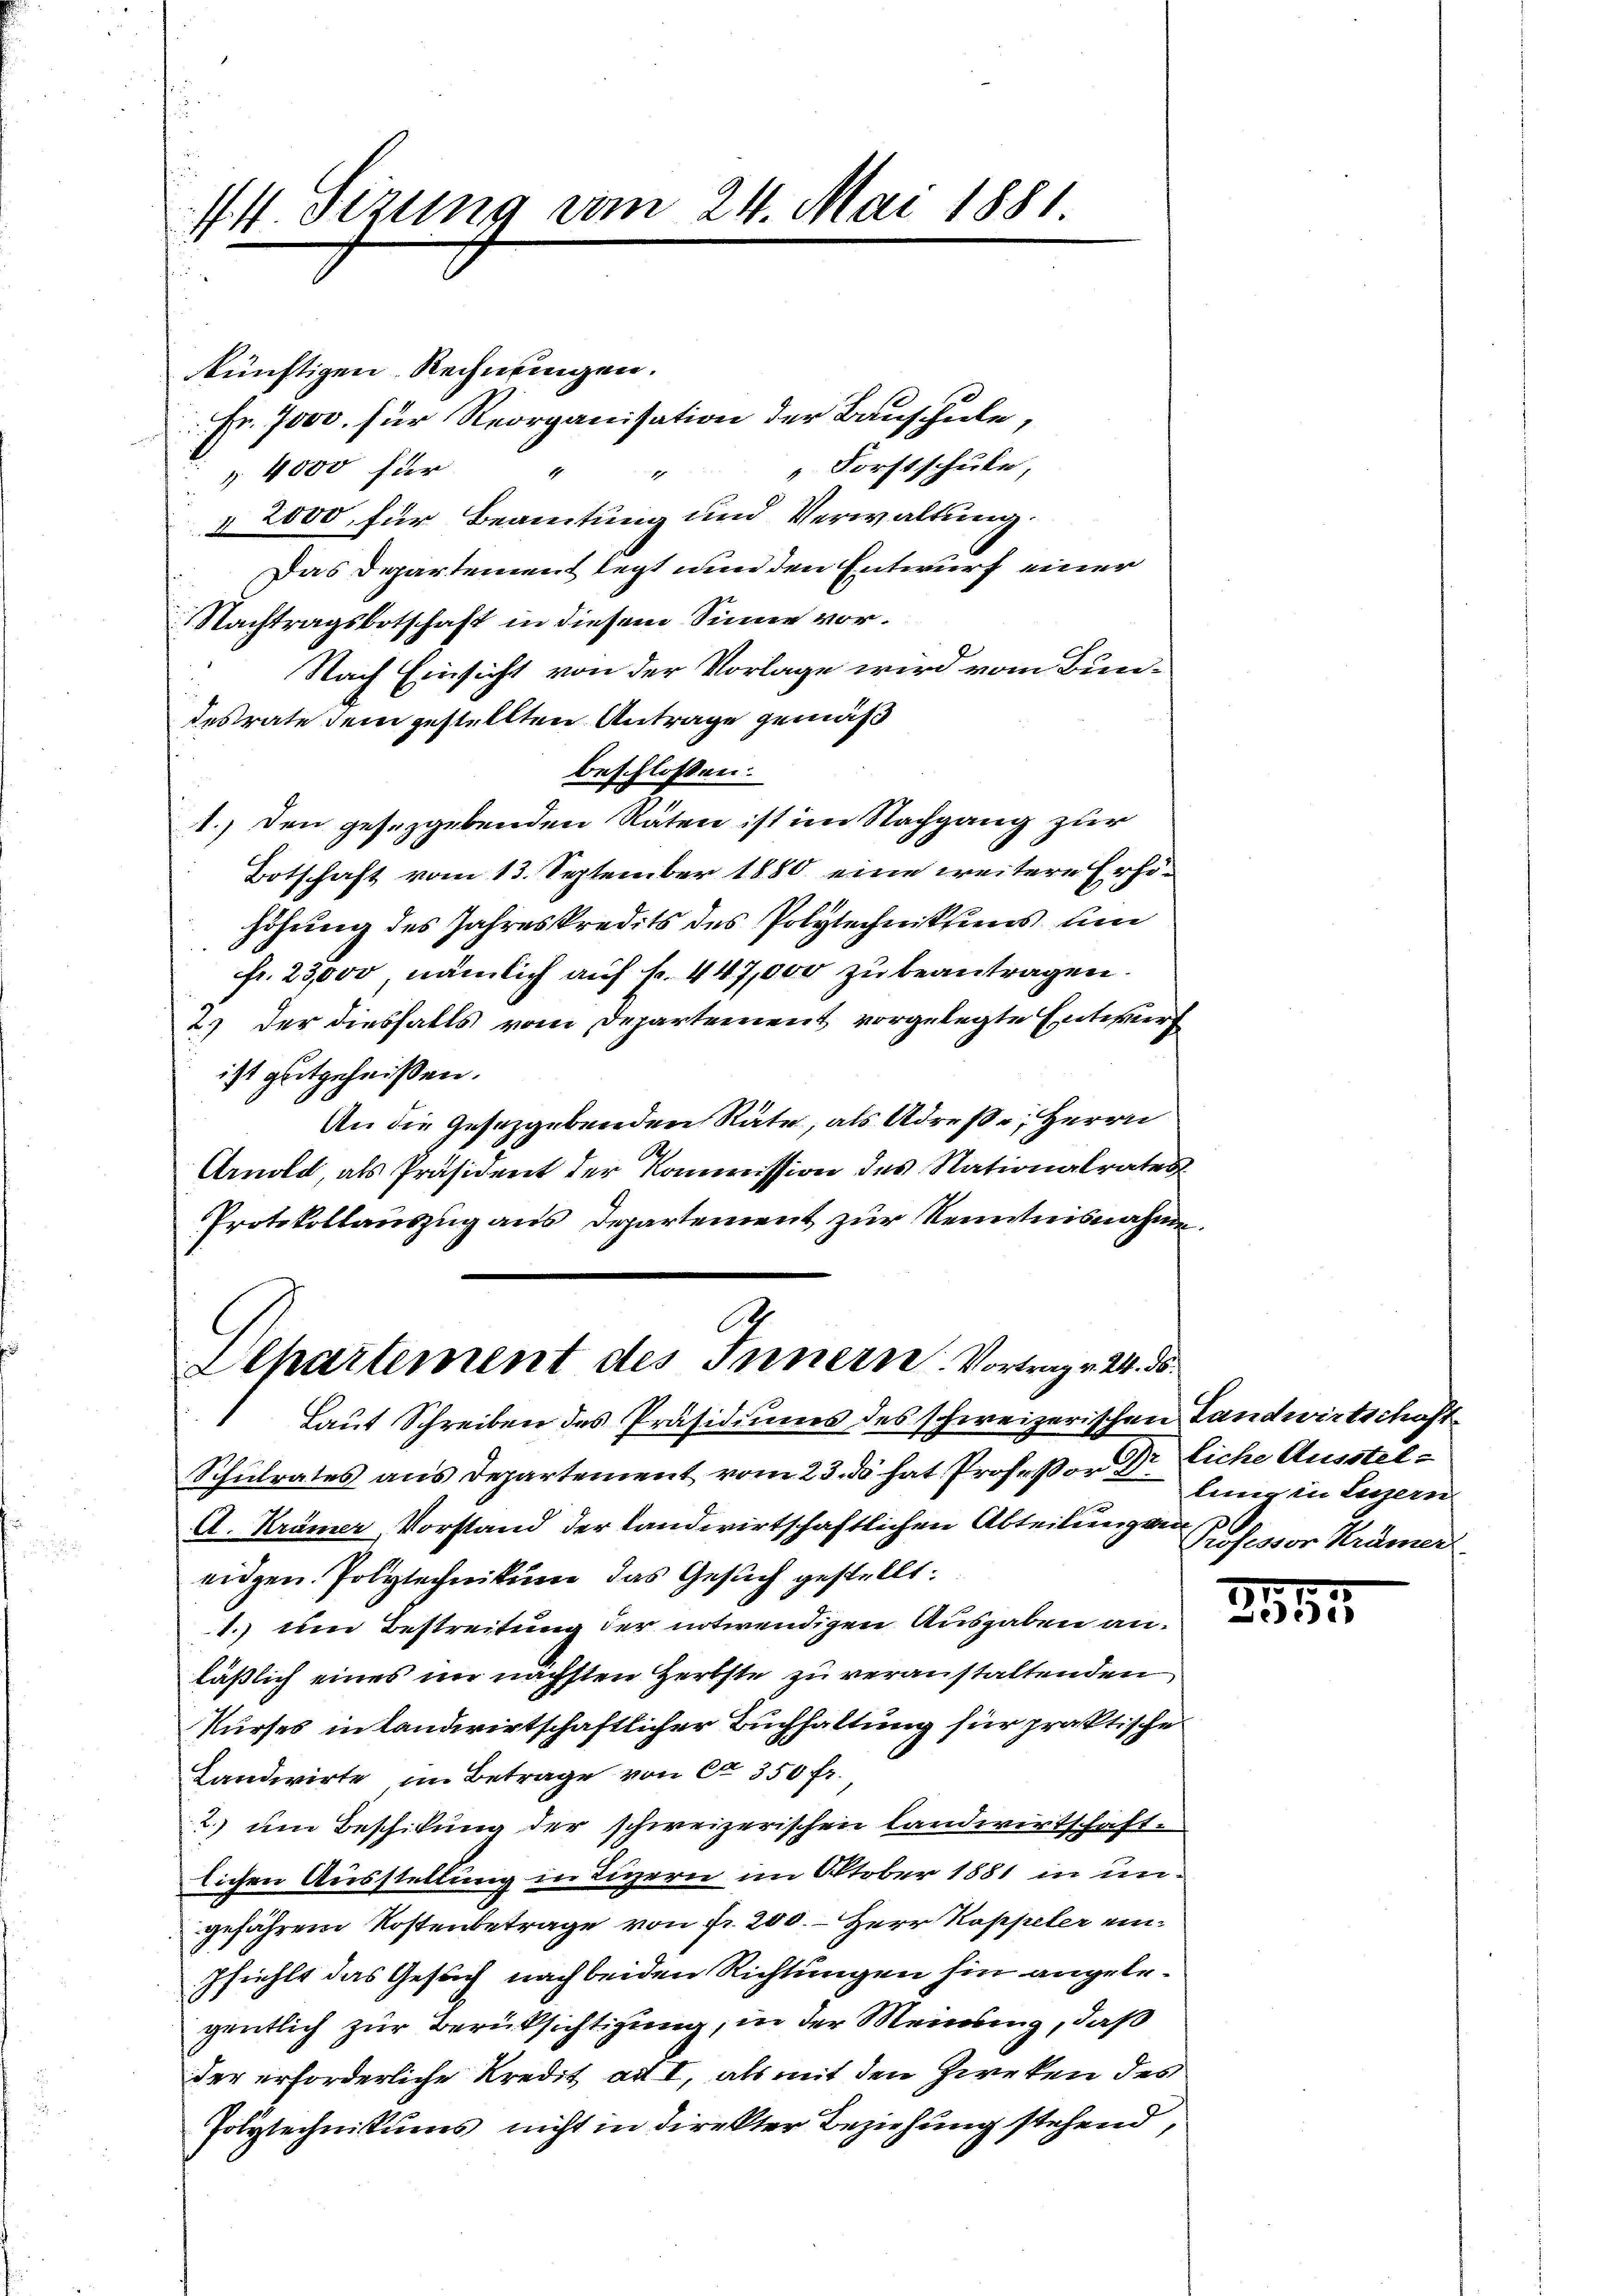
44 Sizung vom 24. Mai 1881

künftigen Rechnungen.
Fr. 7000. für Reorganisation der Bauschule,
„Forstschule,
 4000 für
647
§ 2000, für Beamtung und Verwaltung.
Das Departement legt nun den Entwurf einer
Nachtragsbotschaft in diesem Sinne vor¬
Nach Einsicht von der Vorlage wird vom Bundesrate dem gestellten Antrage gemäß
beschlossen:
1.) Den gesezgebenden Räten ist im Nachgang zur
Botschaft vom 13. September 1880 eine weitere Erhöhöhung des Jahreskredits des Polytechnikums und
fr. 23,000, nämlich auf fr. 447,000 zu beantragen.
2.) Der diesfalls vom Departement vorgelegte Entwurf
ist gutgeheißen.
An die Gesetzgebenden Räte, als Adrese, Herrn
Arnold, als Präsident der Kommission des Nationalrates
Protokollauszug aus Departement zur Kenntnisnahme

A
Lepartement des Innern. Vortrag v. 24. ds.

Laut Schreiben des Präsidiums des schweizerischen Landwirtschaft
Schulrates aus Departement vom 23. ds hat Professor Dr. liche Ausstel¬
A. Krämer, Vorstand der landwirtschaftlichen Abteilung an
eidgen. Polytechnikum das Gesuch gestellt:
1.) Um Bestreitung der notwendigen Ausgaben anläßlich eines im nächsten Herbste zu veranstaltenden
Kurses in Landwirtschaftlicher Buchhaltung für praktische
Landwirte im Betrage von ca 350 fr.
2. um Beschikung der schweizerischen Landwirtschaft-
lichen Ausstellung in Ligern im Oktober 1881 in ungefähren Kostenbetrage von fr. 200. – Herr Kappeler ein¬
Pfiehlt das Gesuch nach beiden Richtungen hin angelegentlich zur Berüksichtigung, in der Meinung, daß
der erforderliche Kredit ad I, als mit den Zweken des
Polytechnikums nicht in direkter Beziehung stehend,

lung in Luzern
d
Professor Krämer.

5
317
Die